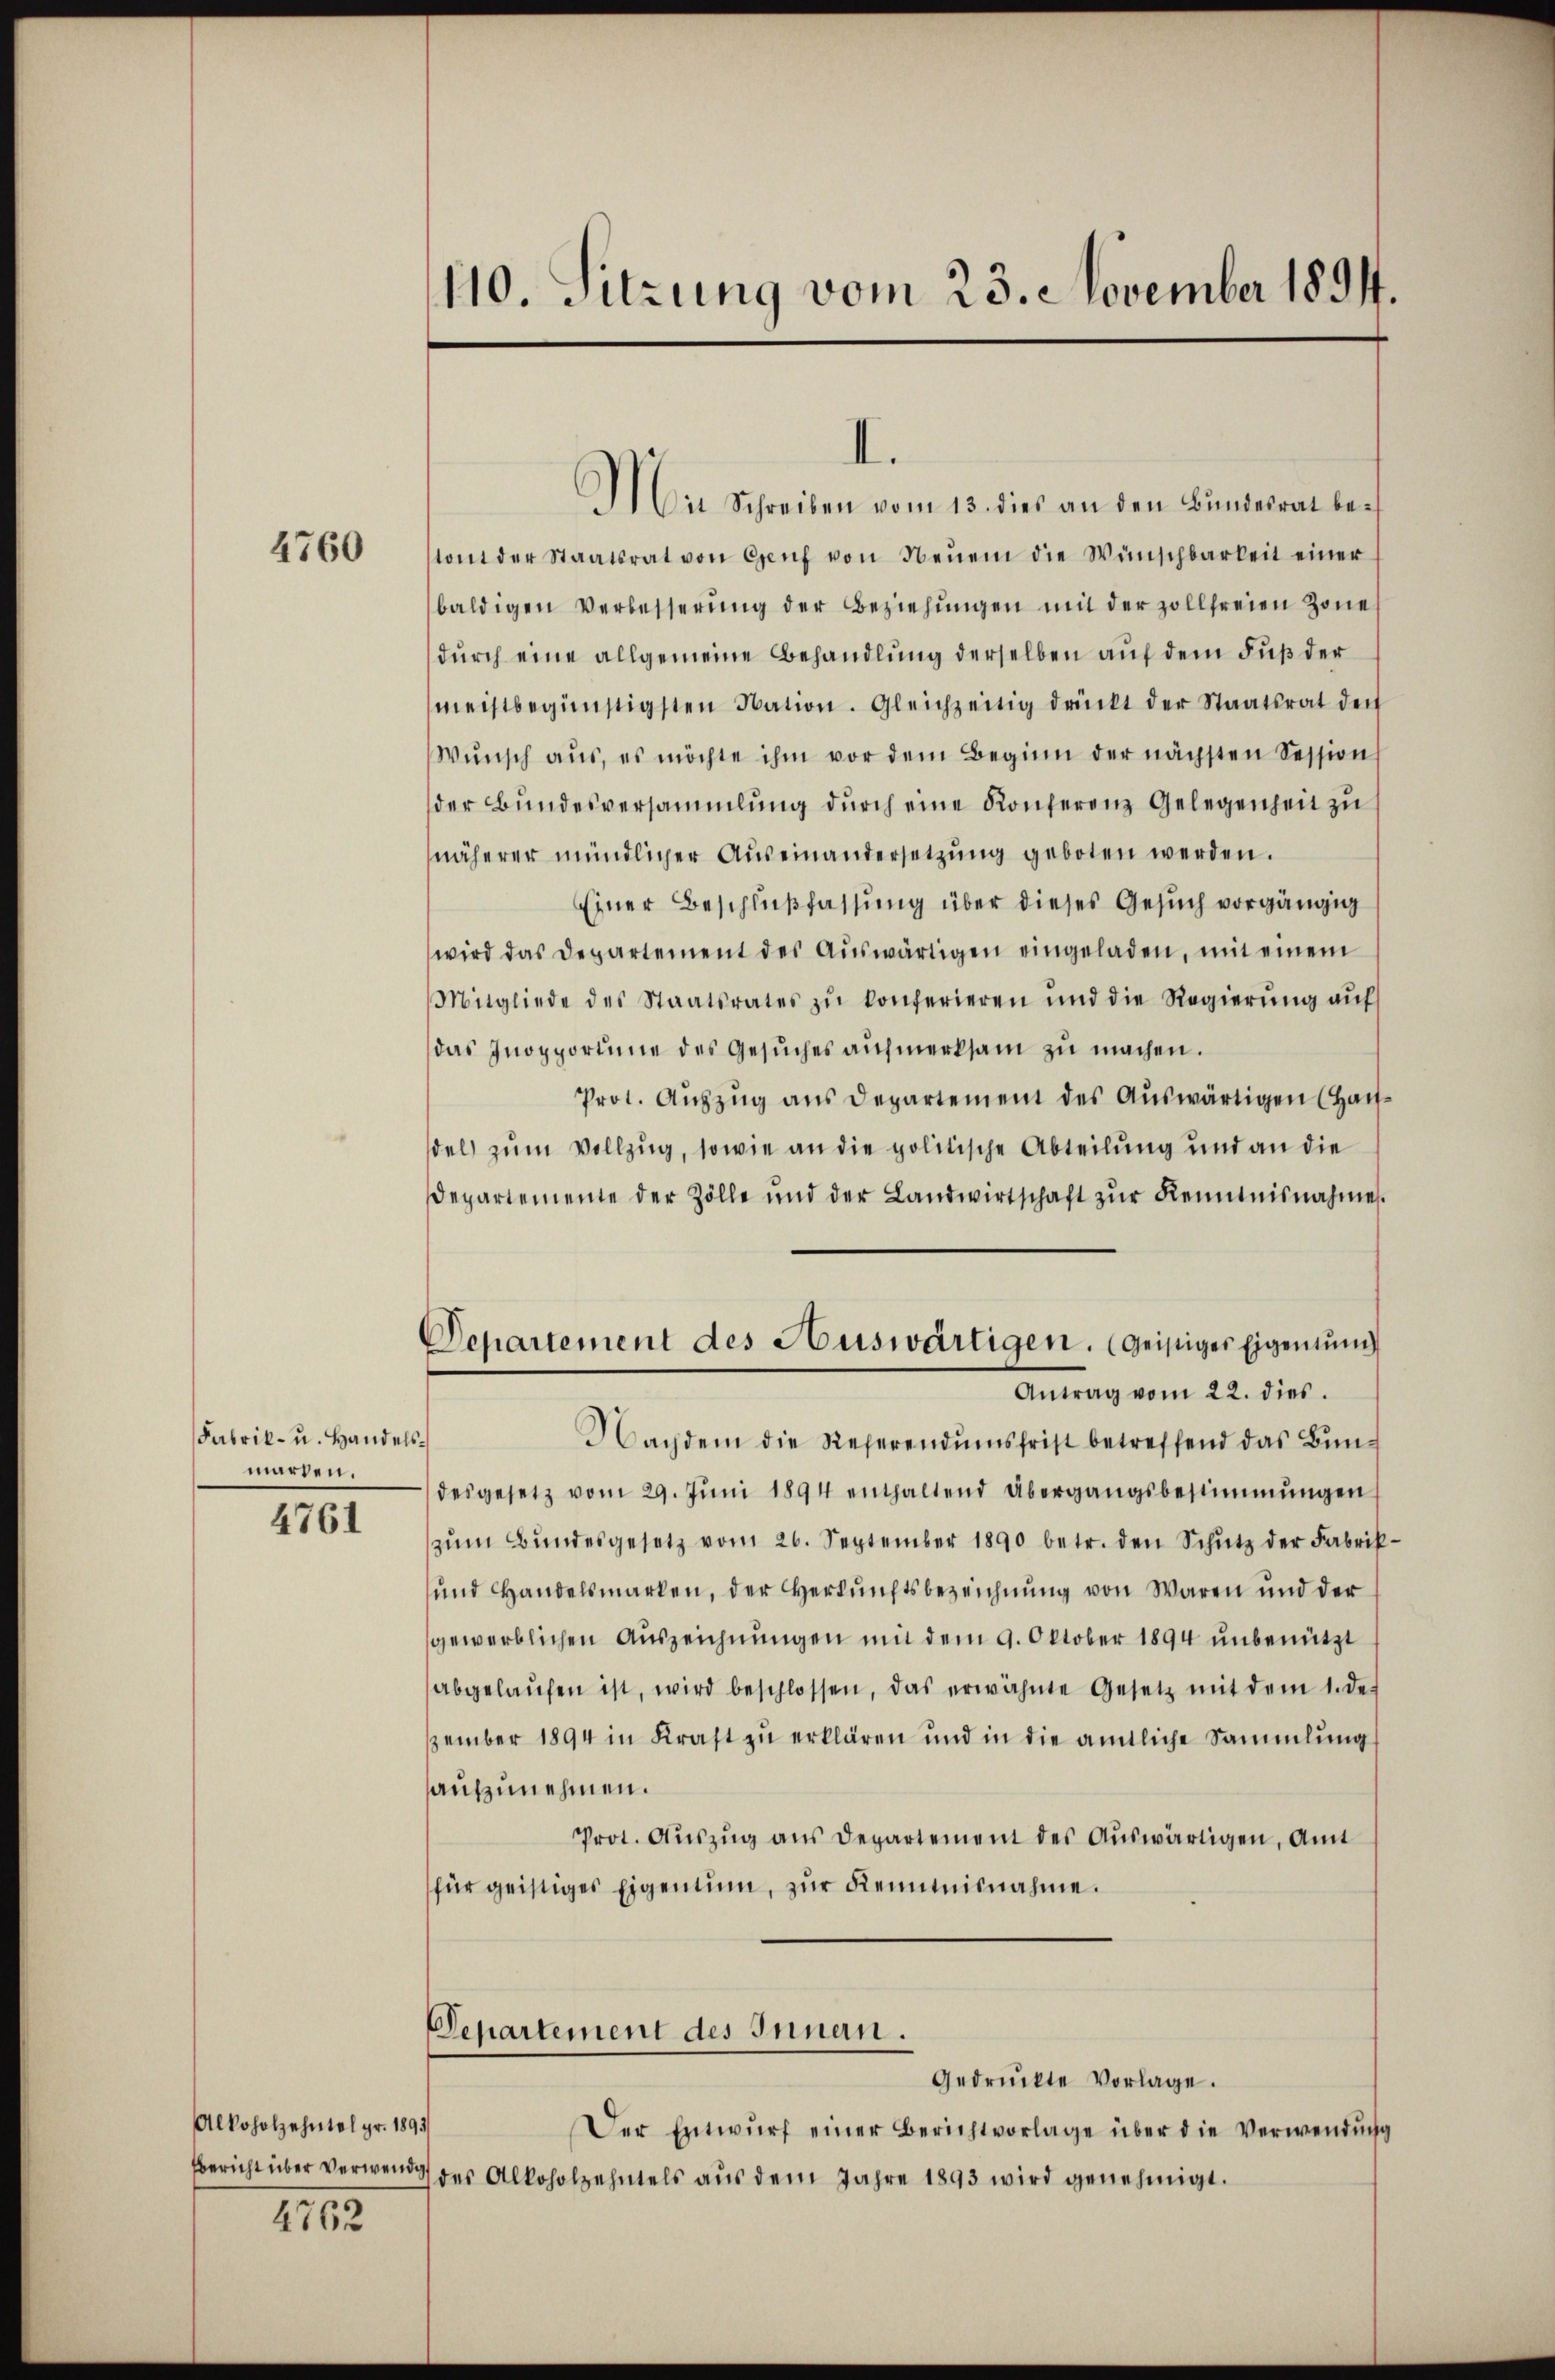
4760

Fabrik- u. Handelsmarten.

4761

Alkoholzehntel pr. 1891/
Bericht über Verwendig

4762

110. Sitzung vom 23. November 1891.

Mit Schreiben vom 13. dies an den Bundesrat bestont der Staatsrat von Genf von Neuem die Wünschbarkeit einer
baldigen Verbesserŭng der Beziehŭngen mit der zollfreien Zone
durch eine allgemeine Behandlung derselben auf dem Fuß der
meistbegünstigsten Nation. Gleichzeitig drückt der Staatsrat den
Wŭnsch aŭs, es möchte ihm vor dem Beginn der nächsten Session
der Bŭndesversammlung dŭrch eine Konferenz Gelegenheit zu
näherer mündlicher Aŭseinandersetzŭng geboten werden.
Einer Beschlußfassung über dieses Gesuch vorgängig
wird das Departement des Aŭswärtigen eingeladen, mit einem
Mitgliede des Staatsrates zŭ konferieren und die Regierŭng aŭf
das Inopportime des Gesŭches aŭfmerksam zŭ machen.
Prot. Aŭfzŭg ans Departement des Aŭswärtigen (Hau
del zum Vollzug, sowie an die politische Abteilung und an die
departemente der Zölle und der Landwirtschaft zŭr Kenntnisnahme.
Departement des Auswärtigen. (Geistiges Eigentum
Antrag vom 22. dies
Nachdem die Referendumsfrist betreffend das Bunch
desgesetz vom 29. Jŭni 1894 enthaltend Übergangsbestimmungen
zŭm Bŭndesgesetz vom 26. September 1890 betr. den Schutz der Fabrik¬
und Handelsmarken, der Herkunftsbezeichnung von Waren und der
gewerblichen Auszeichnungen mit dem 9. Oktober 1894 unbenützt
abgelaŭfen ist, wird beschlossen, das erwähnte Gesetz mit dem 1. des
zember 1894 in Kraft zu erklären und in die amtliche Sammlung
aufzunehmen.
Prot. Aŭszŭg ans Departement des Aŭswärtigen, Amt
für geistiges Eigentum, zŭr Kenntnisnahme.

I.

Departement des Innen.
Gedrückte Vorlage.

Der Entwŭrf einer Berichtvorlage über die Verwendŭng
des Alkoholzehntels aŭs dem Jahre 1893 wird genehmigt.